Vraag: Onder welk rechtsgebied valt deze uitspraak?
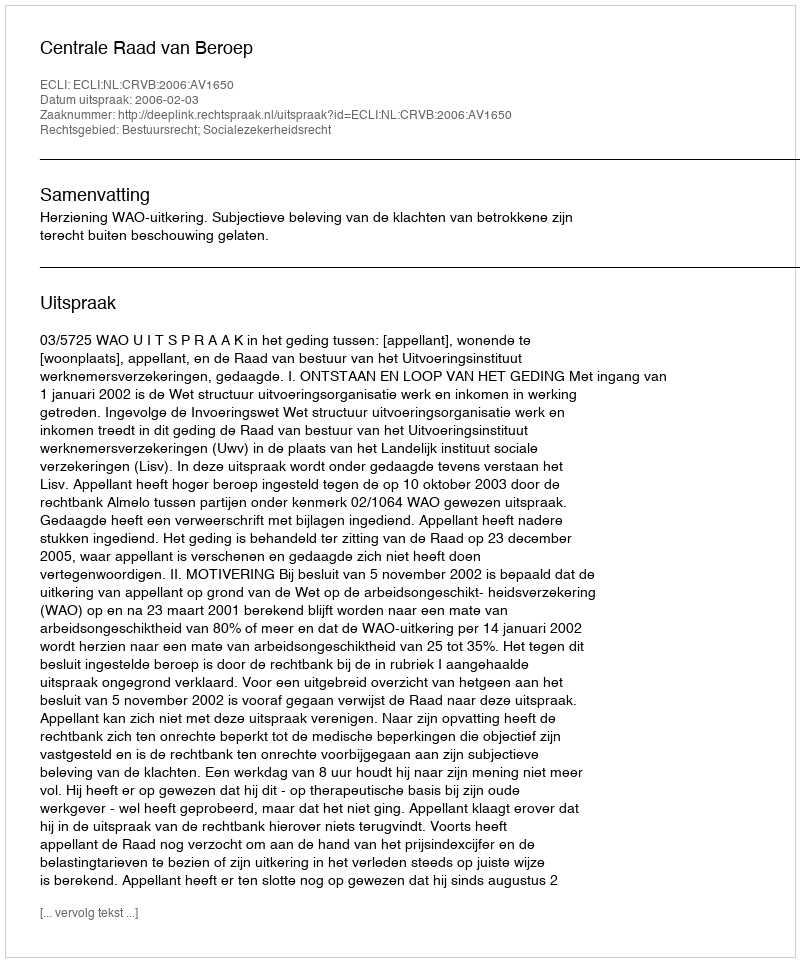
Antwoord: Bestuursrecht; Socialezekerheidsrecht